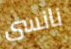
نانسى